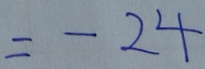
= - 2 4